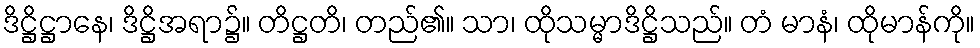
ဒိဋ္ဌိဋ္ဌာနေ၊ ဒိဋ္ဌိအရာ၌။ တိဋ္ဌတိ၊ တည်၏။ သာ၊ ထိုသမ္မာဒိဋ္ဌိသည်။ တံ မာနံ၊ ထိုမာန်ကို။